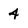
Character: 4